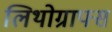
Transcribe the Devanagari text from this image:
लिथोग्राफ्स